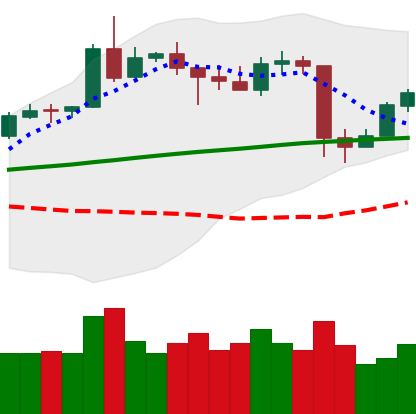
Ticker: ETH-USD
Chart end date: 2020-05-14
Forward return: 5.175%
Label: up_5_7